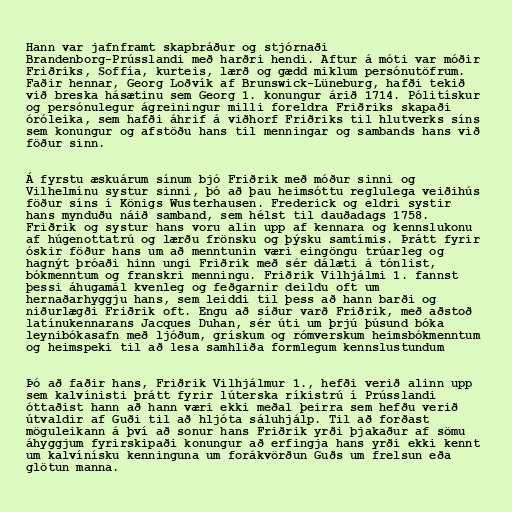
Hann var jafnframt skapbráður og stjórnaði
Brandenborg-Prússlandi með harðri hendi. Aftur á móti var móðir
Friðriks, Soffía, kurteis, lærð og gædd miklum persónutöfrum.
Faðir hennar, Georg Loðvík af Brunswick-Lüneburg, hafði tekið
við breska hásætinu sem Georg 1. konungur árið 1714. Pólitískur
og persónulegur ágreiningur milli foreldra Friðriks skapaði
óróleika, sem hafði áhrif á viðhorf Friðriks til hlutverks síns
sem konungur og afstöðu hans til menningar og sambands hans við
föður sinn.

Á fyrstu æskuárum sínum bjó Friðrik með móður sinni og
Vilhelmínu systur sinni, þó að þau heimsóttu reglulega veiðihús
föður síns í Königs Wusterhausen. Frederick og eldri systir
hans mynduðu náið samband, sem hélst til dauðadags 1758.
Friðrik og systur hans voru alin upp af kennara og kennslukonu
af húgenottatrú og lærðu frönsku og þýsku samtímis. Þrátt fyrir
óskir föður hans um að menntunin væri eingöngu trúarleg og
hagnýt þróaði hinn ungi Friðrik með sér dálæti á tónlist,
bókmenntum og franskri menningu. Friðrik Vilhjálmi 1. fannst
þessi áhugamál kvenleg og feðgarnir deildu oft um
hernaðarhyggju hans, sem leiddi til þess að hann barði og
niðurlægði Friðrik oft. Engu að síður varð Friðrik, með aðstoð
latínukennarans Jacques Duhan, sér úti um þrjú þúsund bóka
leynibókasafn með ljóðum, grískum og rómverskum heimsbókmenntum
og heimspeki til að lesa samhliða formlegum kennslustundum

Þó að faðir hans, Friðrik Vilhjálmur 1., hefði verið alinn upp
sem kalvínisti þrátt fyrir lúterska ríkistrú í Prússlandi
óttaðist hann að hann væri ekki meðal þeirra sem hefðu verið
útvaldir af Guði til að hljóta sáluhjálp. Til að forðast
möguleikann á því að sonur hans Friðrik yrði þjakaður af sömu
áhyggjum fyrirskipaði konungur að erfingja hans yrði ekki kennt
um kalvínísku kenninguna um forákvörðun Guðs um frelsun eða
glötun manna.